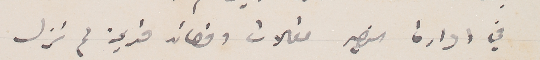
في ادارة النصير مقالات وقصائد قديمة لم تزل